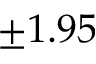
\pm 1 . 9 5